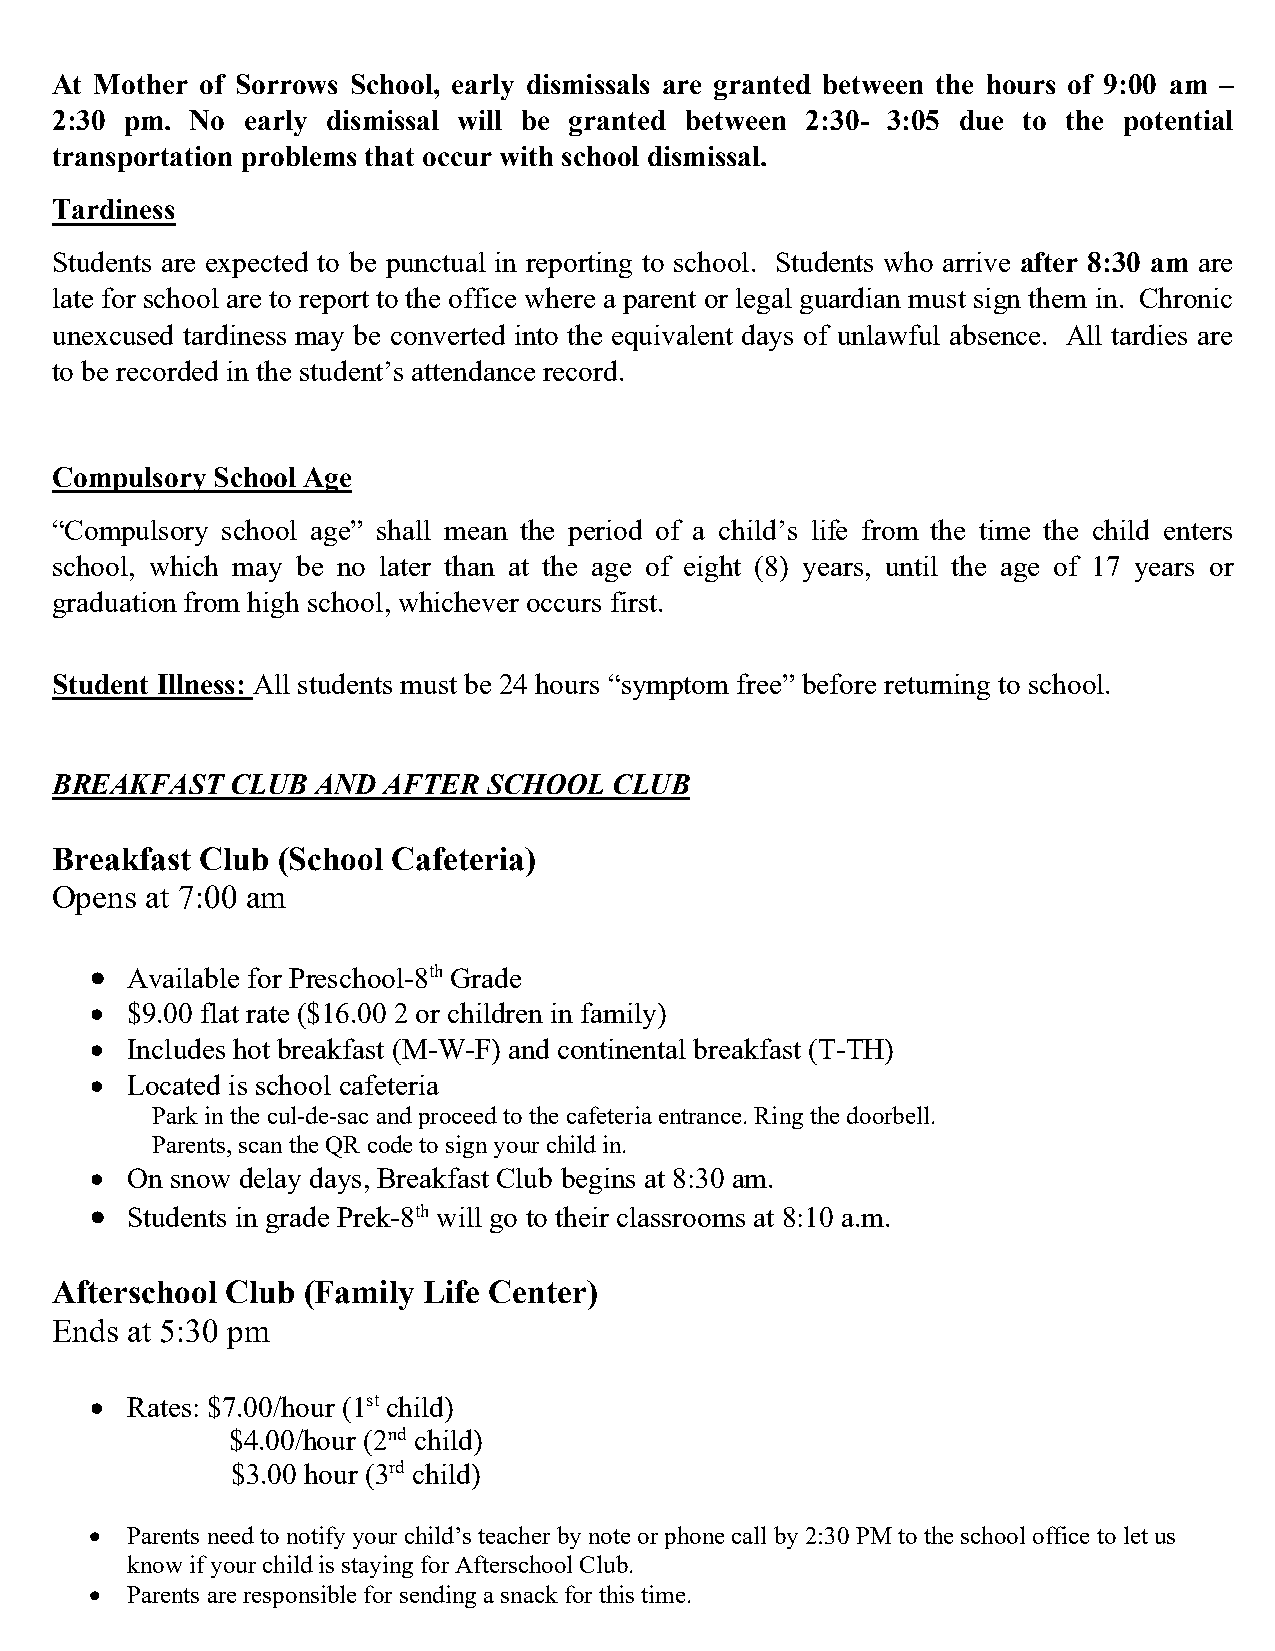
At Mother of Sorrows School, early dismissals are granted between the hours of 9:00 am –
 2:30 pm.  No early dismissal will be granted between 2:30- 3:05 due to the potential
 transportation problems that occur with school dismissal.
 Tardiness
 Students are expected to be punctual in reporting to school. Students who arrive after 8:30 am are
 late for school are to report to the office where a parent or legal guardian must sign them in. Chronic
 unexcused tardiness may be converted into the equivalent days of unlawful absence. All tardies are
 to be recorded in the student’s attendance record.
 Compulsory School Age
 “Compulsory school age” shall mean the period of a child’s life from the time the child enters
 school, which may be no later than at the age of eight (8) years, until the age of 17 years or
 graduation from high school, whichever occurs first.
 Student Illness: All students must be 24 hours “symptom free” before returning to school.
 BREAKFAST   CLUB  AND AFTER  SCHOOL   CLUB
 Breakfast Club (School Cafeteria)
 Opens  at 7:00 am
 • Available for Preschool-8th Grade
 • $9.00 flat rate ($16.00 2 or children in family)
 • Includes hot breakfast (M-W-F) and continental breakfast (T-TH)
 • Located is school cafeteria
 Park in the cul-de-sac and proceed to the cafeteria entrance. Ring the doorbell.
 Parents, scan the QR code to sign your child in.
 • On snow delay days, Breakfast Club begins at 8:30 am.
 • Students in grade Prek-8th will go to their classrooms at 8:10 a.m.
 Afterschool Club (Family Life Center)
 Ends at 5:30 pm
 • Rates: $7.00/hour (1st child)
 $4.00/hour (2nd child)
 $3.00 hour (3rd child)
 • Parents need to notify your child’s teacher by note or phone call by 2:30 PM to the school office to let us
 know if your child is staying for Afterschool Club.
 • Parents are responsible for sending a snack for this time.